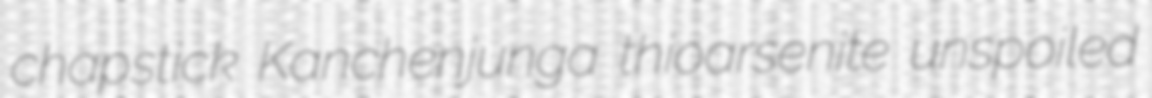
chapstick Kanchenjunga thioarsenite unspoiled